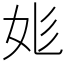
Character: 𡛆